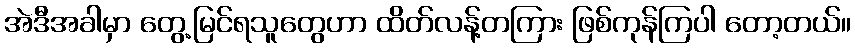
အဲဒီအခါမှာ တွေ့မြင်ရသူတွေဟာ ထိတ်လန့်တကြား ဖြစ်ကုန်ကြပါ တော့တယ်။